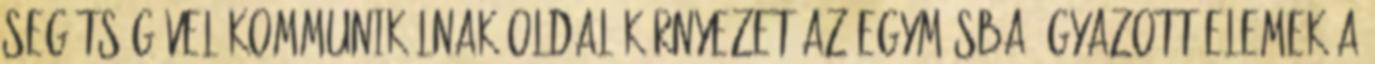
segítségével kommunikálnak oldal környezet Az egymásba ágyazott elemek a